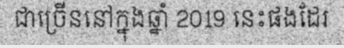
ជាច្រើននៅក្នុងឆ្នាំ 2019 នេះផងដែរ